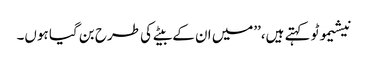
نیشیموٹو کہتے ہیں،’’میں ان کے بیٹے کی طرح بن گیا ہوں۔